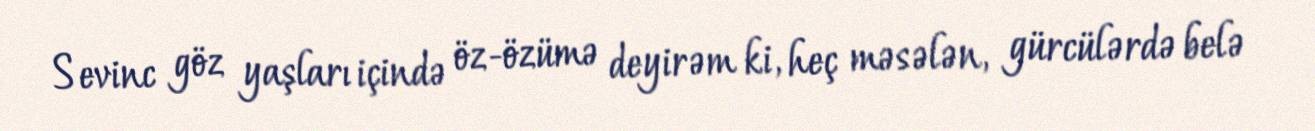
Sevinc göz yaşları içində öz-özümə deyirəm ki, heç məsələn, gürcülərdə belə